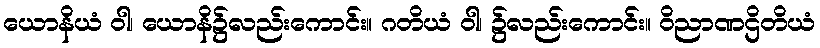
ယောနိယံ ဝါ၊ ယောနိ၌လည်းကောင်း။ ဂတိယံ ဝါ၊ ၌လည်းကောင်း။ ဝိညာဏဌိတိယံ